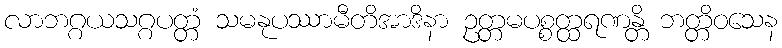
လာဘဂ္ဂယသဂ္ဂပတ္တံ သမနုပဿာမီတိအာဒိနာ ဥတ္တမပစ္စတ္ထရဏန္တိ ဘတ္တိဝသေန